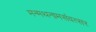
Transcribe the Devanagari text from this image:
मन्मथनामसंवत्सर